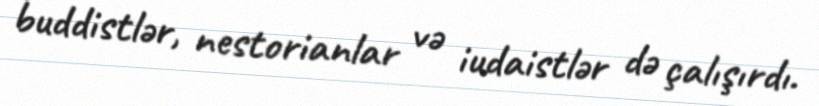
buddistlər, nestorianlar və iudaistlər də çalışırdı.